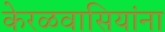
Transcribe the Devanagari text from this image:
केरळवासियांना